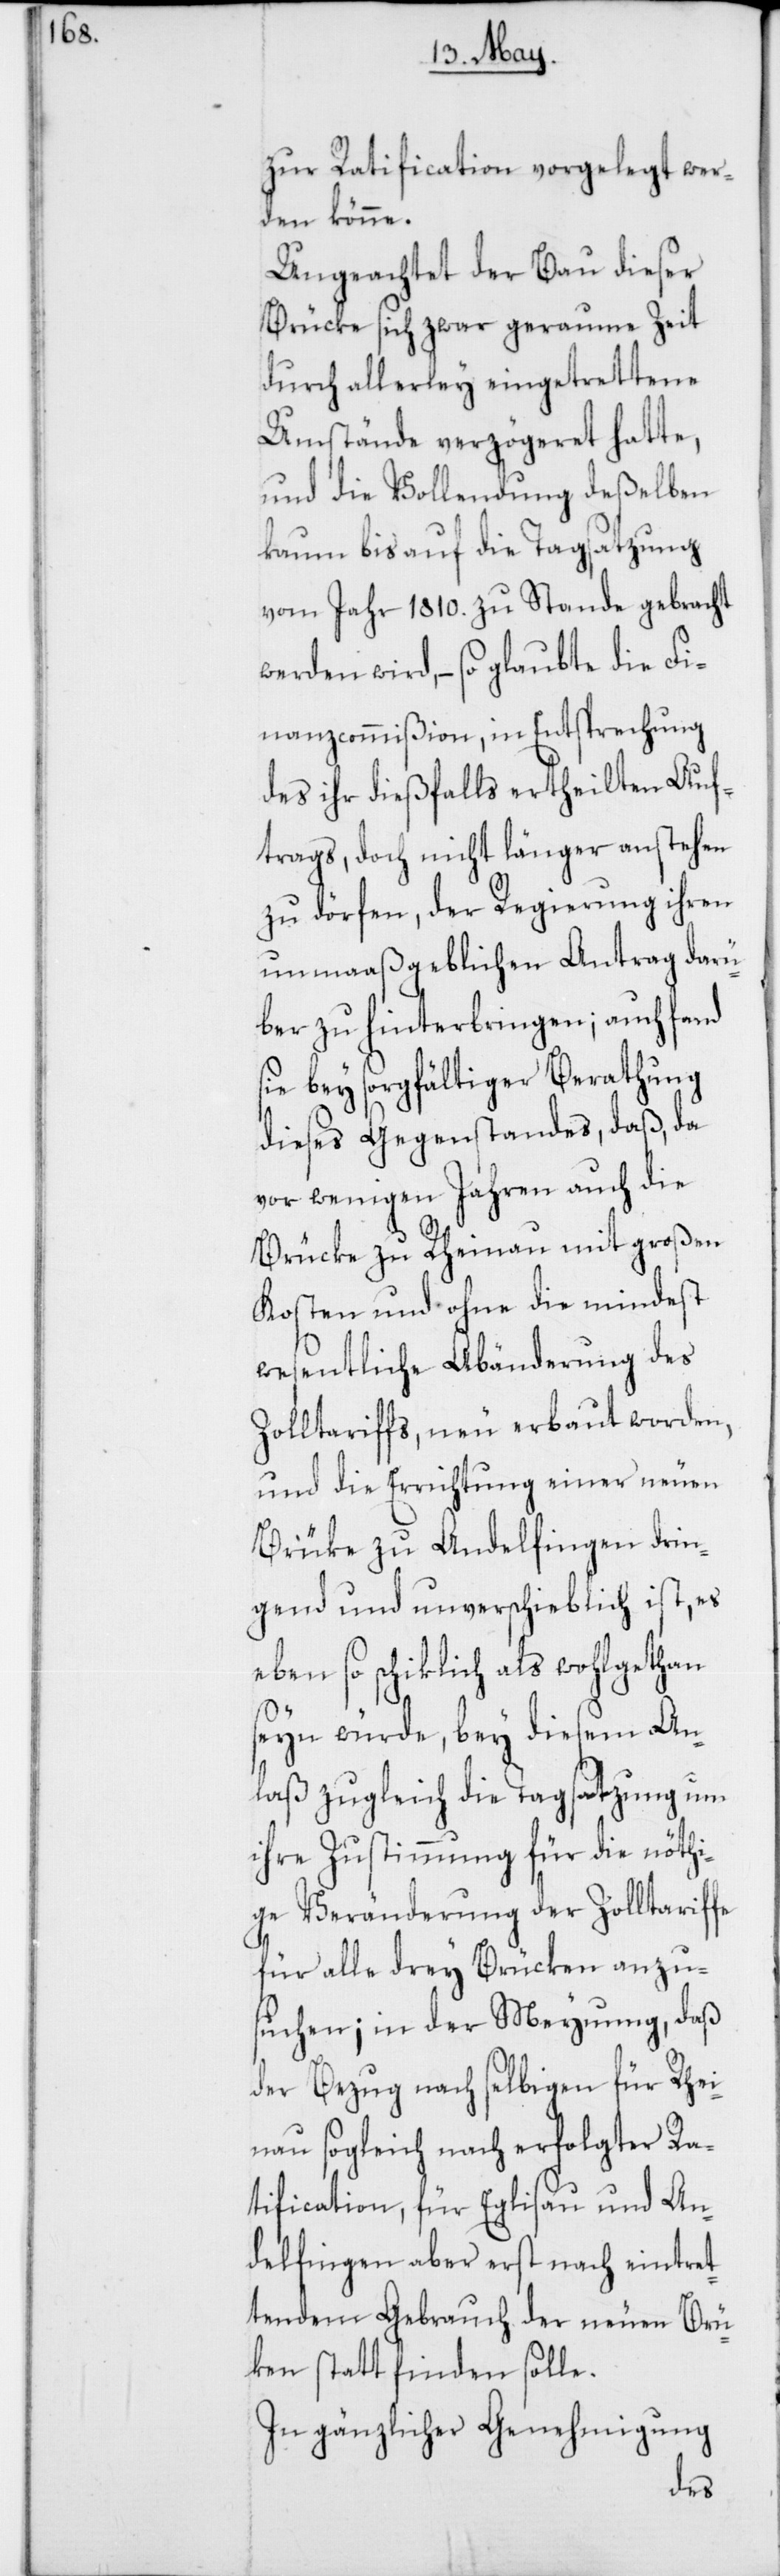
zur Ratification vorgelegt wer¬
den könne.
Ungeachtet der Bau dieser
Brücke sich zwar geraume Zeit
durch allerley eingetrettene
Umstände verzögeret hatte,
und die Vollendung deßelben
kaum bis auf die Tagsatzung
vom Jahr 1810. zu Stande gebracht
werden wird, – so glaubte die Fi¬
nanzcommißion, in Entsprechung
des ihr dießfalls ertheilten Auf¬
trags, doch nicht länger anstehen
zu dörfen, der Regierung ihren
unmaaßgeblichen Antrag darü¬
ber zu hinterbringen; auch fand
sie bey sorgfältiger Berathung
dieses Gegenstandes, daß, da
vor wenigen Jahren auch die
Brücke zu Rheinau mit großen
Kosten und ohne die mindest
wesentliche Abänderung des
Zolltariffs, neu erbaut worden,
und die Errichtung einer neuen
Brücke zu Andelfingen drin¬
gend und unverschieblich ist, es
eben so schiklich als wohlgethan
seyn würde, bey diesem An¬
laß zugleich die Tagsatzung um
ihre Zustimmung für die nöthi¬
ge Veränderung der Zolltariffe
für alle drey Brücken anzu¬
suchen; in der Meynung, daß
der Bezug nach selbigen für Rhei¬
nau sogleich nach erfolgter Ra¬
tification, für Eglisau und An¬
delfingen aber erst nach eintret¬
tendem Gebrauch der neuen Brü¬
ken statt finden solle.
In gänzlicher Genehmigung